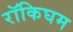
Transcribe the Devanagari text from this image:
रॉकिघम